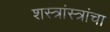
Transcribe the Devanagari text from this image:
शस्त्रांस्त्रांचा